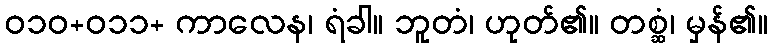
ဝ၁၀+၀၁၁+ ကာလေန၊ ရံခါ။ ဘူတံ၊ ဟုတ်၏။ တစ္ဆံ၊ မှန်၏။